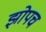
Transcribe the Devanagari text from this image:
झोपच